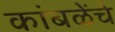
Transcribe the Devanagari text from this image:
कांबळेेंचे